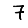
Digit: 7